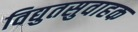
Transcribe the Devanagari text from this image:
विद्युतसुवाहक